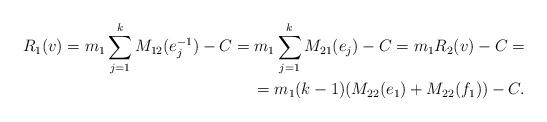
LaTeX: \begin{align*}R_1(v)=m_1 \sum_{j=1}^k M_{12}(e_j^{-1}) - C= m_1 \sum_{j=1}^k M_{21}(e_j)-C =m_1R_2(v)-C= \\ =m_1(k-1)(M_{22}(e_1)+M_{22}(f_1))-C.\end{align*}